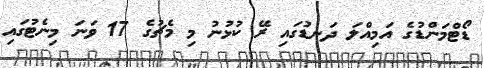
ޑޯޓްމަންޑުގެ އަމިއްލަ ދަނޑުގައި ރޭ ކުޅުނު މި މެޗުގެ 17 ވަނަ މިނެޓުގައި